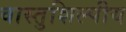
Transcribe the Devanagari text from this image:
वास्‍तुशिल्‍पीय